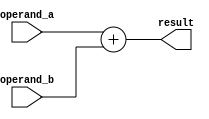
module quad_precision_fp_add (
    input [127:0] operand_a,
    input [127:0] operand_b,
    output reg [127:0] result
);

always @* begin
    // perform addition operation for quadruple-precision floating-point numbers
    result = operand_a + operand_b;
end

endmodule